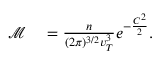
\begin{array} { r l } { \mathcal { M } } & { { } = \frac { n } { ( 2 \pi ) ^ { 3 / 2 } v _ { T } ^ { 3 } } e ^ { - \frac { C ^ { 2 } } { 2 } } . } \end{array}